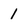
Character: 1